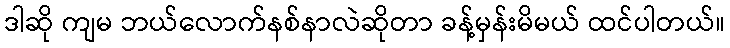
ဒါဆို ကျမ ဘယ်လောက်နစ်နာလဲဆိုတာ ခန့်မှန်းမိမယ် ထင်ပါတယ်။